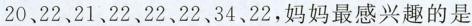
20、22、21、22、22、22、34、22，妈妈最感兴趣的是